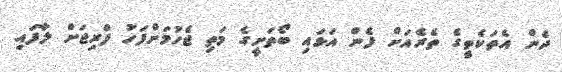
ދެން އެތަކެތީގެ ތެރެއަށް ފެން އަޅައި ބޯތަށީގެ މަތި ޖެހުމަށްފަހު ފްރިޖަށް ލާފައި